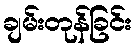
ချမ်းတုန်ခြင်း